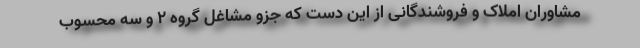
مشاوران املاک و فروشندگانی از این دست که جزو مشاغل گروه ۲ و سه محسوب